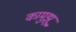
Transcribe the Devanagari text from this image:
कामुझू